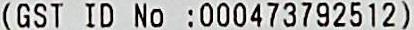
(GST ID NO :000473792512)